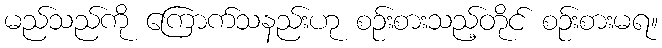
မည်သည်ကို ကြောက်သနည်းဟု စဉ်းစားသည့်တိုင် စဉ်းစားမရ။